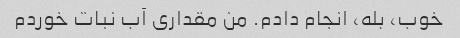
خوب، بله، انجام دادم. من مقداری آب نبات خوردم